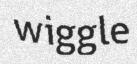
wiggle